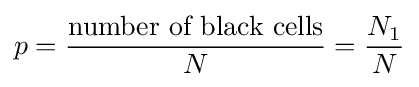
p={\frac {\text{number of black cells}}{N}}={\frac {N_{1}}{N}}